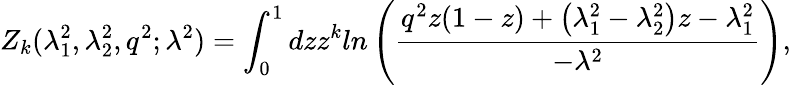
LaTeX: Z_{k}(\lambda_{1}^{2},\lambda_{2}^{2},q^{2};\lambda^{2})=\int_{0}^{1}dzz^{k}ln\left(\frac{q^{2}z(1-z)+\left(\lambda_{1}^{2}-\lambda_{2}^{2}\right)z-\lambda_{1}^{2}}{-\lambda^{2}}\right),